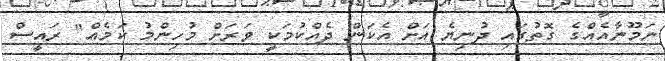
ނަމޫނާއެއްގެ ގޮތުގައި ދުނިޔެ އަށް އެކަން ދެއްކުމަކީ ވަރަށް މުހިންމު ކަމެއް" ރައީސް